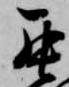
罷